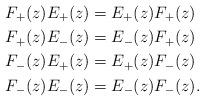
LaTeX: \begin{align*}F_+(z)E_+(z)& =E_+(z)F_+(z)\\ F_+(z)E_-(z)& = E_-(z)F_+(z)\\ F_-(z)E_+(z)& = E_+(z)F_-(z) \\ F_-(z)E_-(z)& = E_-(z)F_-(z). \end{align*}